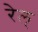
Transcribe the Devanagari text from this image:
रेल्